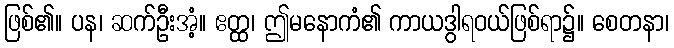
ဖြစ်၏။ ပန၊ ဆက်ဦးအံ့။ ဧတ္ထ၊ ဤမနောကံ၏ ကာယဒွါရဝယ်ဖြစ်ရာ၌။ စေတနာ၊